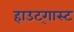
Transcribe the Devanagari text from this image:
हाउट्गास्ट